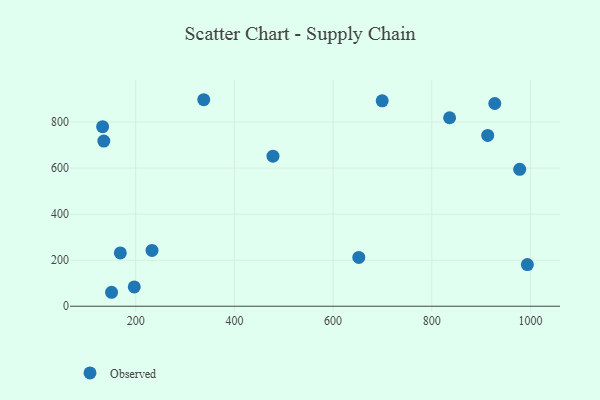
{"axis": {"x": "Ad Spend", "y": "Rating"}, "legend": ["Observed"], "data": [{"x": "135.4", "y": 717.4, "type": "Observed"}, {"x": "993.7", "y": 181.1, "type": "Observed"}, {"x": "337.9", "y": 896.9, "type": "Observed"}, {"x": "978.1", "y": 594.4, "type": "Observed"}, {"x": "151.1", "y": 60.6, "type": "Observed"}, {"x": "168.9", "y": 231.3, "type": "Observed"}, {"x": "927.7", "y": 880.6, "type": "Observed"}, {"x": "133.0", "y": 779.9, "type": "Observed"}, {"x": "197.1", "y": 83.8, "type": "Observed"}, {"x": "478.2", "y": 651.6, "type": "Observed"}, {"x": "652.1", "y": 211.8, "type": "Observed"}, {"x": "233.1", "y": 242.3, "type": "Observed"}, {"x": "699.5", "y": 892.1, "type": "Observed"}, {"x": "913.3", "y": 741.8, "type": "Observed"}, {"x": "836.1", "y": 818.7, "type": "Observed"}]}